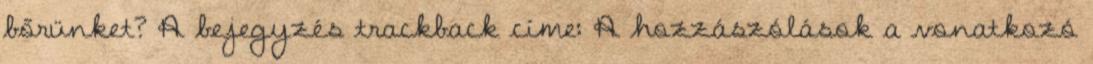
bőrünket? A bejegyzés trackback címe: A hozzászólások a vonatkozó